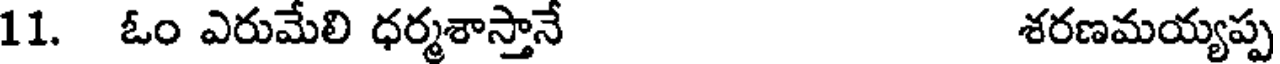
11. ఓం ఎరుమేలి ధర్మశాస్తానే శరణమయ్యప్ప